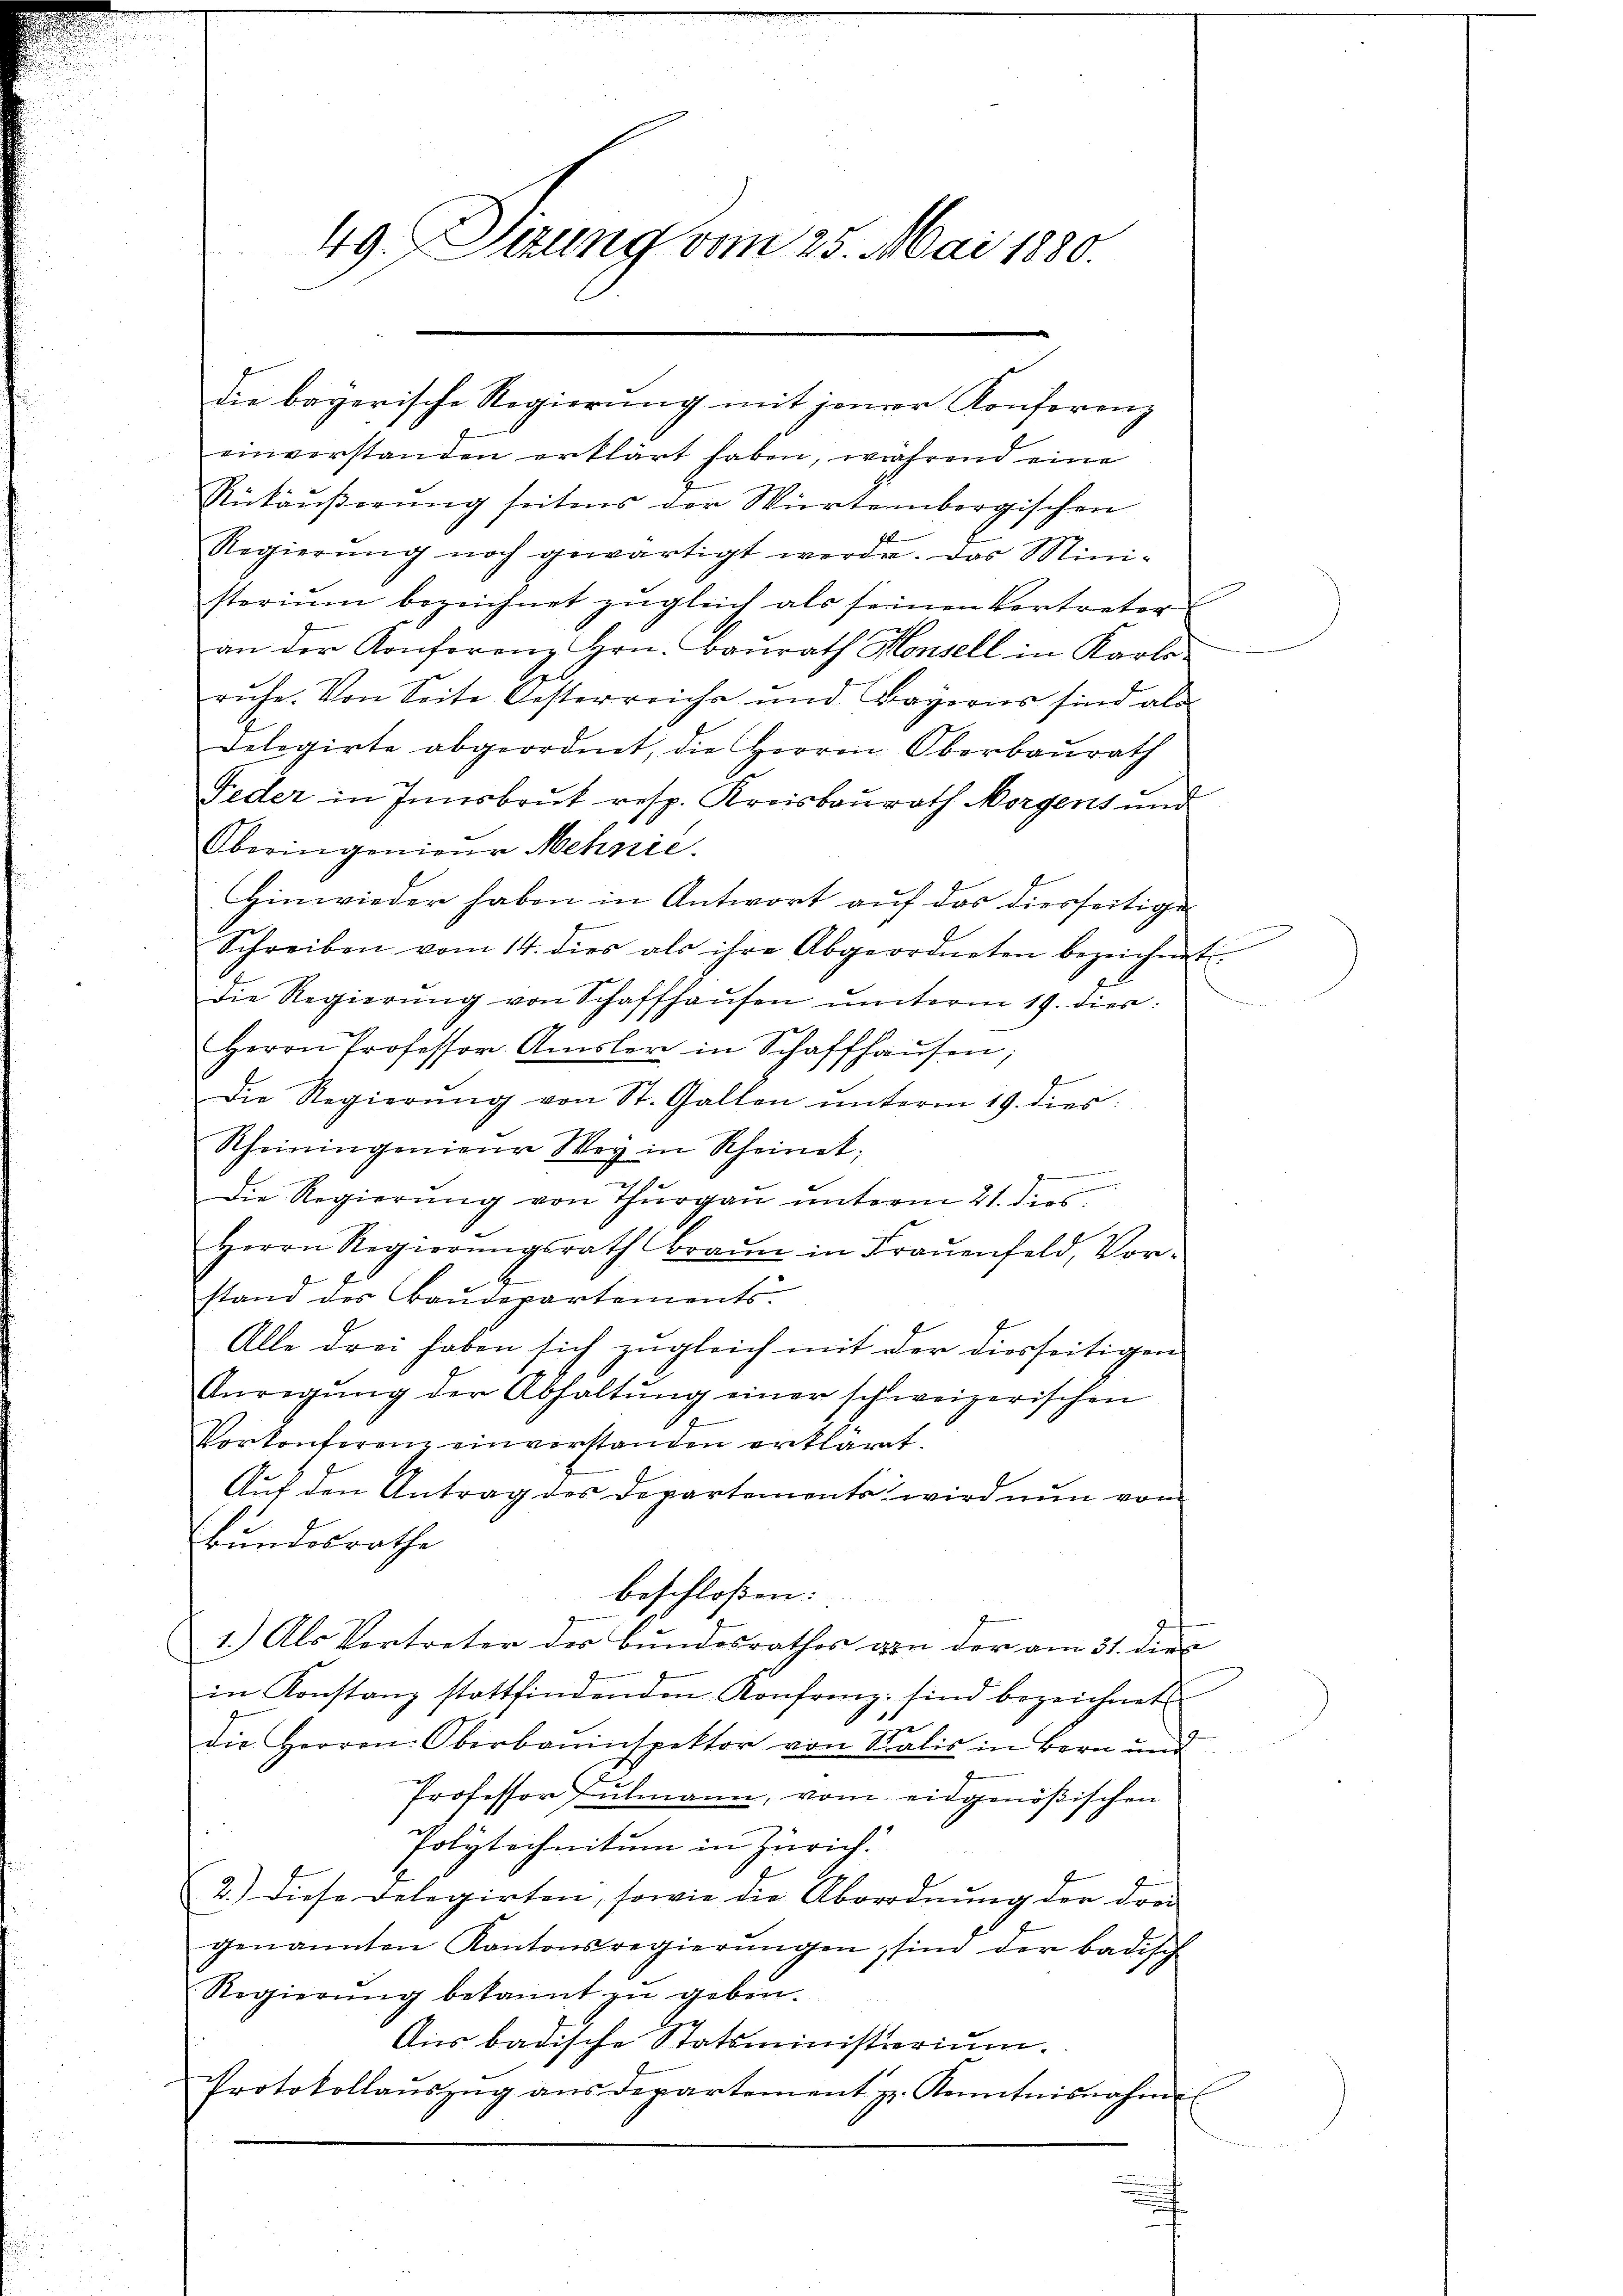
49. Setzung vom 25. Mai 1880.

die bayerische Regierung mit jener Konferenz
einverstanden erklärt haben, während eine
Rükäußerung seitens der Würtembergischen
Regierŭng noch gewärtigt werde. Das Mini-
sterium bezeichnet zŭgleich als seinen Vertreter
an der Konferenz Hrn. Baŭrath Honsell in Karlo.
rŭhe. Von Seite Oesterreichs und Bayerns sind als
Delegirte abgeordnet, die Herren Oberbaŭrath
Feder in Innsbruk resp. Kreisbaurath Morgens und
Oberingenieur Mehnie.
Hinwieder haben in Antwort auf das diesseitige
Schreiben vom 14. dies als ihre Abgeordneten bezeichnet.
die Regierŭng von Schaffhaŭsen ŭnterm 19. dies:
Herrn Professor. Amsler in Schaffhaŭsen;
Die Regierŭng von St. Gallen ŭnterm 19. dies
Rheiningenieur Wey in Rheinet;
.
Die Regierung von Thurgau unterm 21. dies
Herrn Regierŭngsrath Braŭn in Fraŭenfeld, Vor-
stand des Baudepartements.
Alle drei haben sich zugleich mit der diesseitigen
Anregŭng der Abhaltŭng einer schweizerischen
Vorkonferenz einverstanden erkläret.
Auf den Antrag des Departements wird nun vom
kundesrathe
beschloßen:
1.) Als Vertreter der Bundesrathes von der am 31. dies
in Konstanz stattfindenden Konfrenz sind bezeichnet
die Herren Oberbauinspektor von Salis in Bern und
Professor Culmann, vom eidgenößischen
Polytechnitum in Zürich.
2.) diese Delegirten, sowie die Abordnŭng der dor
genannten Kantonsregierŭngen sind der badisch
Regierŭng bekannt zŭ geben.
Aus badische Statsministerium.
Protokollaŭszŭg aŭs departement z. Kenntnisnahm
.